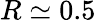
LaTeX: R\simeq 0.5